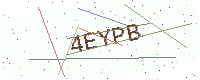
Text: 4EYPB